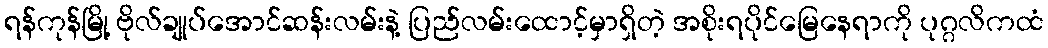
ရန်ကုန်မြို့ ဗိုလ်ချုပ်အောင်ဆန်းလမ်းနဲ့ ပြည်လမ်းထောင့်မှာရှိတဲ့ အစိုးရပိုင်မြေနေရာကို ပုဂ္ဂလိကထံ